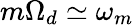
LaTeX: m\Omega_{d}\simeq\omega_{m}